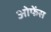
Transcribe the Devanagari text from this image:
ओफेंस